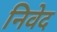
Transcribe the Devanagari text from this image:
निवेद